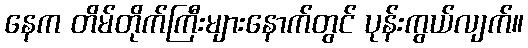
နေက တိမ်တိုက်ကြီးများနောက်တွင် ပုန်းကွယ်လျက်။